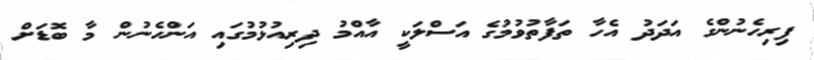
ފިރިހެނުންގެ އަދަދު އެހާ ތަފާތުވުމުގެ އަސްލަކީ އާއްމު ދިރިއުޅުމުގައި އަންހެނުން މާ ބޮޑަށް